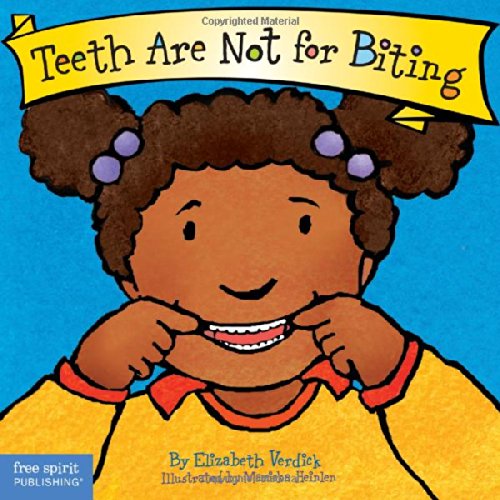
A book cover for Teeth Are Not for Biting (Board Book) (Best Behavior Series); Elizabeth Verdick; Politics & Social Sciences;